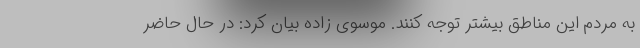
به مردم این مناطق بیشتر توجه کنند. موسوی زاده بیان کرد: در حال حاضر